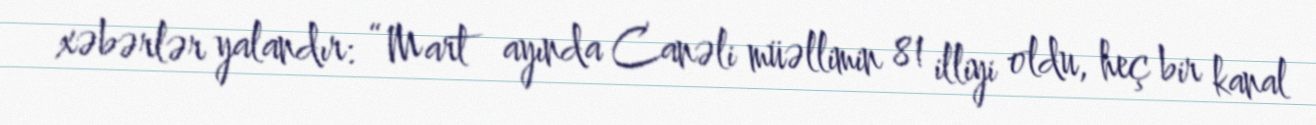
xəbərlər yalandır: “Mart ayında Canəli müəllimin 81 illiyi oldu, heç bir kanal